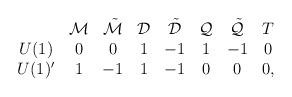
LaTeX: \begin{align*}\begin{array}{cccccccc} & {\cal M} & \tilde{\cal M} & {\cal D} & \tilde{\cal D} & {\cal Q} & \tilde{\cal Q} & T \\U(1) & 0 & 0 & 1 & -1 & 1 & -1 & 0 \\U(1)' & 1 & -1 & 1 & -1 & 0 & 0 & 0 ,\end{array}\end{align*}